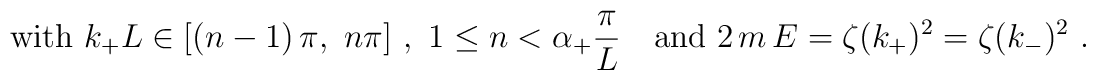
{\rm with}\ k_+L\in [(n-1)\,\pi,\ n\pi]\ ,\ 1\leq n< \alpha_+\frac\pi L\quad{\rm and}\ 2\,m\,E=\zeta(k_+)^2=\zeta(k_-)^2\ .\nonumber